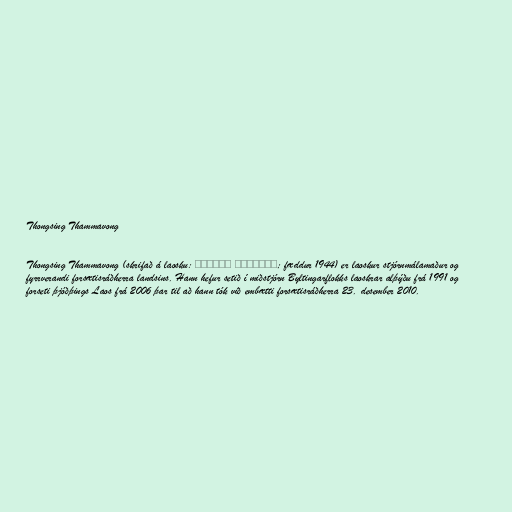
Thongsing Thammavong

Thongsing Thammavong (skrifað á laosku: ທອງສິງ ທຳມະວົງ; fæddur 1944) er laoskur stjórnmálamaður og
fyrrverandi forsætisráðherra landsins. Hann hefur setið í miðstjórn Byltingarflokks laoskrar alþýðu frá 1991 og
forseti þjóðþings Laos frá 2006 þar til að hann tók við embætti forsætisráðherra 23. desember 2010.